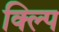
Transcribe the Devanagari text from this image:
क्ल्पि